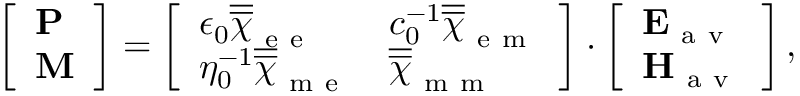
\begin{array} { r } { \left[ \begin{array} { l } { \mathbf { P } } \\ { \mathbf { M } } \end{array} \right] = \left[ \begin{array} { l l } { \epsilon _ { 0 } \overline { { \overline { { \chi } } } } _ { \mathrm { ~ e ~ e ~ } } } & { c _ { 0 } ^ { - 1 } \overline { { \overline { { \chi } } } } _ { \mathrm { ~ e ~ m ~ } } } \\ { \eta _ { 0 } ^ { - 1 } \overline { { \overline { { \chi } } } } _ { \mathrm { ~ m ~ e ~ } } } & { \overline { { \overline { { \chi } } } } _ { \mathrm { ~ m ~ m ~ } } } \end{array} \right] \cdot \left[ \begin{array} { l } { \mathbf { E } _ { \mathrm { ~ a ~ v ~ } } } \\ { \mathbf { H } _ { \mathrm { ~ a ~ v ~ } } } \end{array} \right] , } \end{array}